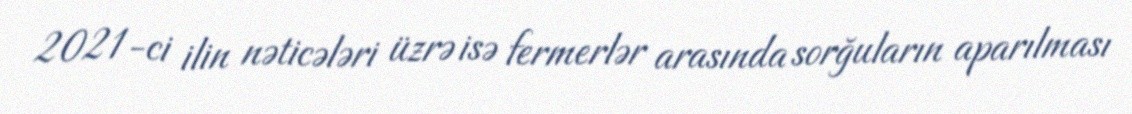
2021-ci ilin nəticələri üzrə isə fermerlər arasında sorğuların aparılması